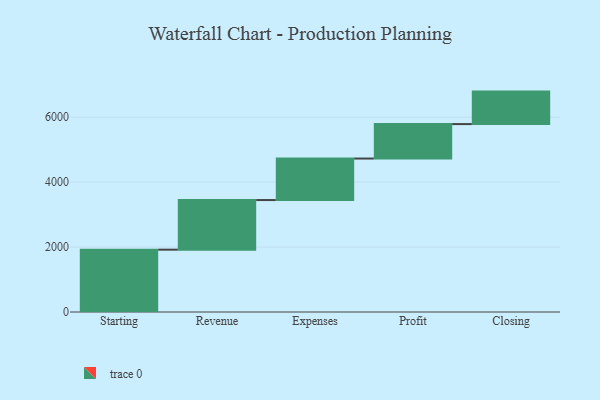
{"axis": {"x": "Step", "y": "Value"}, "legend": [""], "data": [{"x": "Starting", "y": 1919.0, "type": ""}, {"x": "Revenue", "y": 1528.0, "type": ""}, {"x": "Expenses", "y": 1278.0, "type": ""}, {"x": "Profit", "y": 1061.0, "type": ""}, {"x": "Closing", "y": 1000, "type": ""}]}